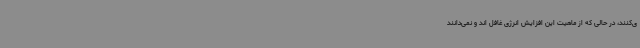
ی‌کنند، در حالی که از ماهیت این افزایش انرژی غافل اند و نمی‌دانند